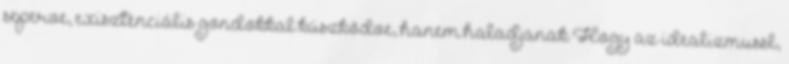
seperve, exisztenciális gondokkal küszködve, hanem haladjanak Hogy az idealizmussl,